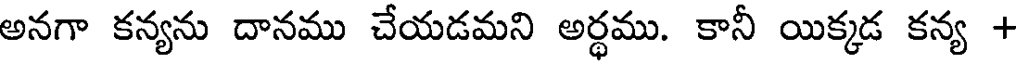
అనగా కన్యను దానము చేయడమని అర్థము. కానీ యిక్కడ కన్య +